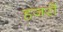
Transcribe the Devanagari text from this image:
हजरों